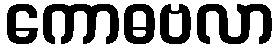
ကောဓဗလာ